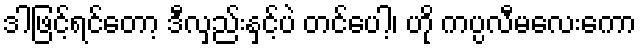
ဒါဖြင့်ရင်တော့ ဒီလှည်းနှင့်ပဲ တင်ပေါ့၊ ဟို ကပ္ပလီမလေးကော